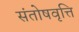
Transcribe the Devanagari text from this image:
संतोषवृत्ति